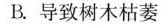
B.导致树木枯萎